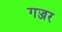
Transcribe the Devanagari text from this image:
गज्जर